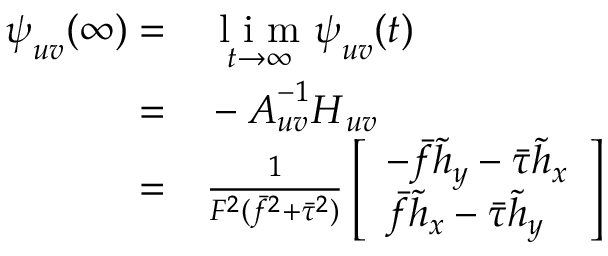
\begin{array} { r l } { \boldsymbol { \psi } _ { u v } ( \infty ) = } & { { } \underset { t \rightarrow \infty } { \mathrm { ~ l ~ i ~ m ~ } } \boldsymbol { \psi } _ { u v } ( t ) } \\ { = } & { { } - \boldsymbol { A } _ { u v } ^ { - 1 } \boldsymbol { H } _ { u v } } \\ { = } & { { } \frac { 1 } { F ^ { 2 } ( \bar { f } ^ { 2 } + \bar { \tau } ^ { 2 } ) } \left[ \begin{array} { l } { - \bar { f } \tilde { h } _ { y } - \bar { \tau } \tilde { h } _ { x } } \\ { \bar { f } \tilde { h } _ { x } - \bar { \tau } \tilde { h } _ { y } } \end{array} \right] } \end{array}